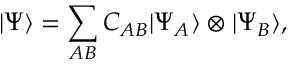
| \Psi \rangle = \sum _ { A B } C _ { A B } | \Psi _ { A } \rangle \otimes | \Psi _ { B } \rangle ,